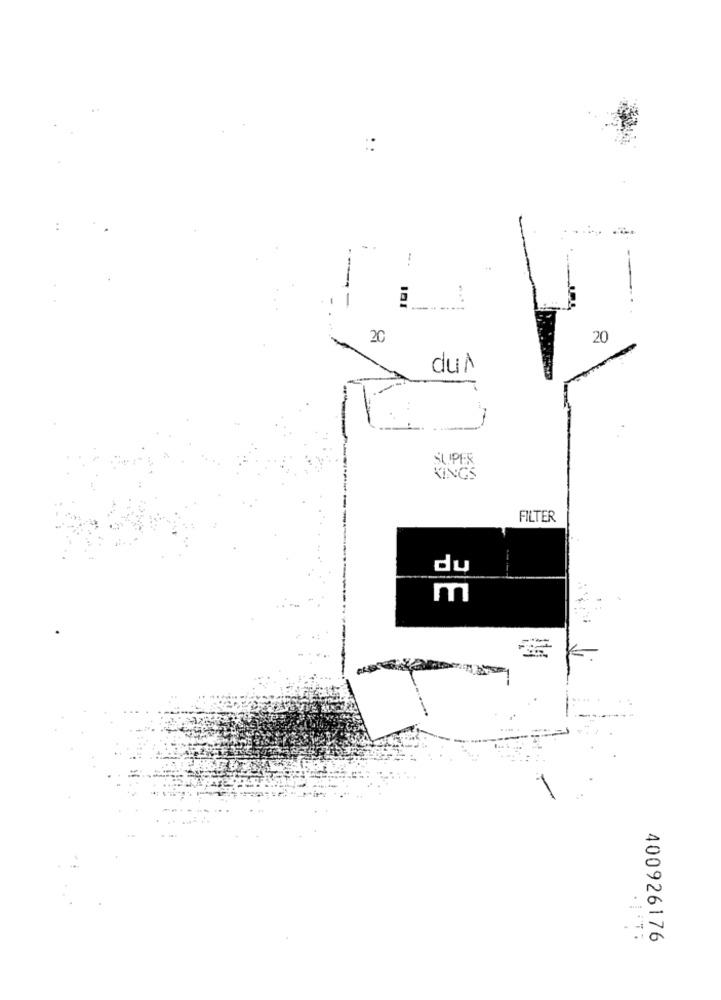
::
-
20
20
dun
SUPER
KINGS
FILTER
BE
-
400926176